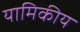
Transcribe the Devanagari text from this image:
यामिकीय